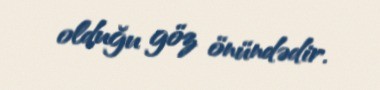
olduğu göz önündədir.